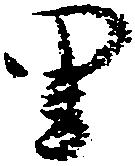
里